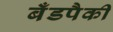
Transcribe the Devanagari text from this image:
बँडपैकी